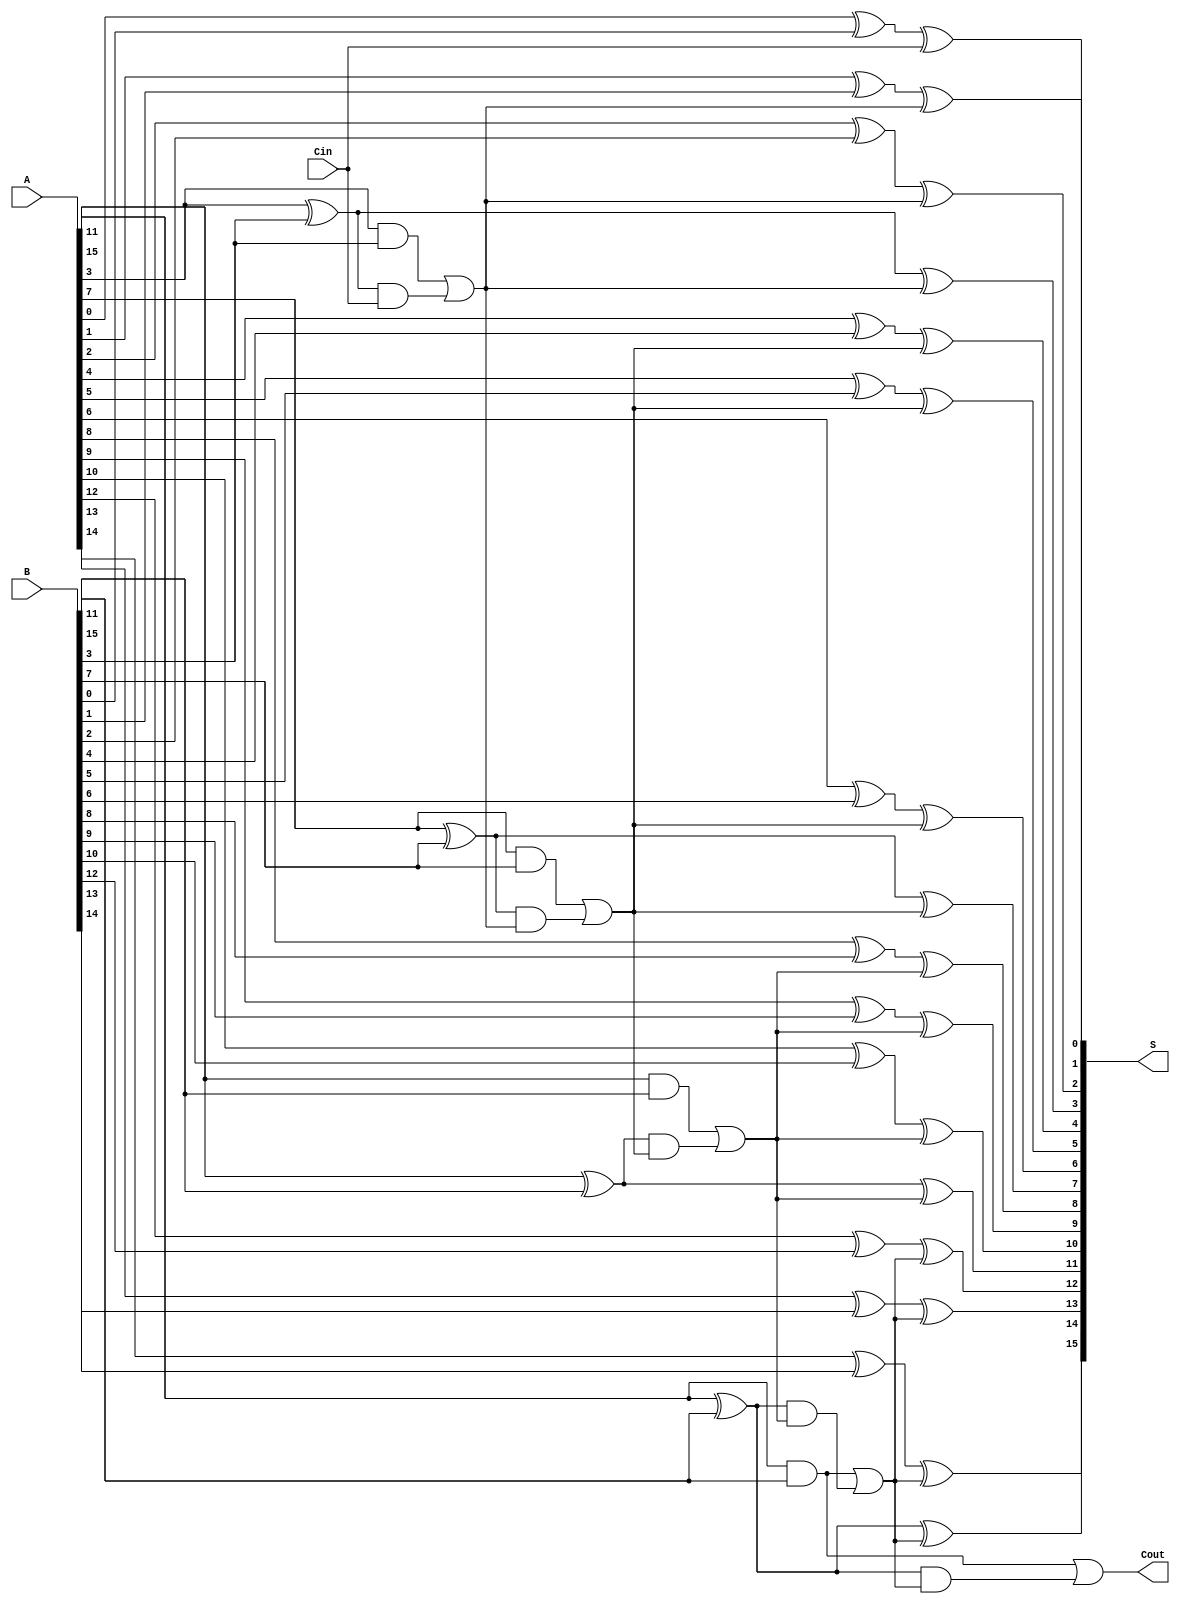
module HanCarlsonAdder #(parameter N = 16) (
    input [N-1:0] A,      // First n-bit input
    input [N-1:0] B,      // Second n-bit input
    input Cin,            // Carry-in
    output [N-1:0] S,     // n-bit sum output
    output Cout           // Carry-out
);

    // Local carry signals
    wire [N/4:0] G; // Generate signals
    wire [N/4:0] P; // Propagate signals
    wire [N/4:0] C; // Carry signals

    // Generate and propagate for each group
    genvar i;
    generate
        for (i = 0; i < N/4; i = i + 1) begin : group
            // Group Generate and Propagate
            assign G[i] = A[4*i + 3] & B[4*i + 3]; // Generate
            assign P[i] = A[4*i + 3] ^ B[4*i + 3]; // Propagate
            
            // Local carry calculation
            if (i == 0) begin
                assign C[i] = G[i] | (P[i] & Cin); // First group carry
            end else begin
                assign C[i] = G[i] | (P[i] & C[i-1]); // Subsequent group carries
            end
        end
    endgenerate

    // Final carry-out
    assign Cout = G[N/4-1] | (P[N/4-1] & C[N/4-1]);

    // Sum calculation
    generate
        for (i = 0; i < N; i = i + 1) begin : sum
            if (i == 0) begin
                assign S[i] = A[i] ^ B[i] ^ Cin; // First bit sum
            end else begin
                assign S[i] = A[i] ^ B[i] ^ C[i/4]; // Subsequent bits sum
            end
        end
    endgenerate

endmodule